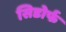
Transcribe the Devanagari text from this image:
सिडोर्फ